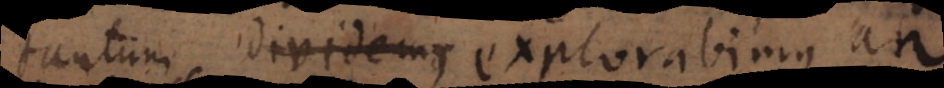
tantum dividemus explorabimus an